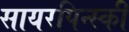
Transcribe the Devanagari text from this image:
सायरपिन्स्की